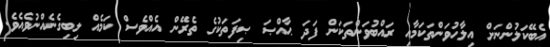
އެބޭކަލުންނަށް އިލާހުވަންތަކަމާއި ރައްބުވަންތަކަން ފަދަ ޙާއްޞަ ޞިފަތަކުގެ ތެރޭން އެއްވެސް ކަމެއް ލިބިގެނެއްނުވެއެވެ.